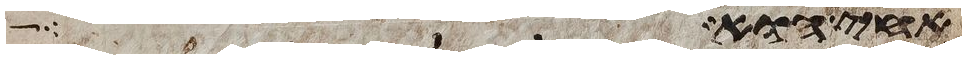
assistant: אחי הוא ויקח